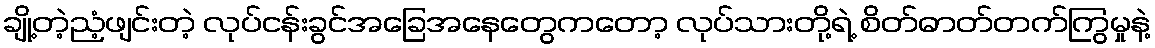
ချို့တဲ့ညံ့ဖျင်းတဲ့ လုပ်ငန်းခွင်အခြေအနေတွေကတော့ လုပ်သားတို့ရဲ့ စိတ်ဓာတ်တက်ကြွမှုနဲ့